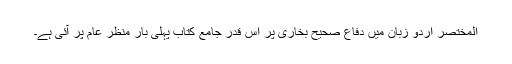
المختصر اردو زبان میں دفاع صحیح بخاری پر اس قدر جامع کتاب پہلی بار منظر عام پر آئی ہے۔